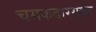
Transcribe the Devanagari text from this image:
चमकदारयुक्त